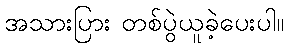
အသားပြား တစ်ပွဲယူခဲ့ပေးပါ။